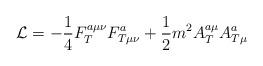
LaTeX: \begin{align*}{\cal L}=-\frac 14F_T^{a\mu \nu }F_{T\mu \nu }^a+\frac 12m^2A_T^{a\mu}A_{T\mu }^a\end{align*}